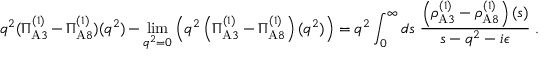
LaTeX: q ^ { 2 } ( \Pi _ { \mathrm { A } 3 } ^ { ( 1 ) } - \Pi _ { \mathrm { A } 8 } ^ { ( 1 ) } ) ( q ^ { 2 } ) - \operatorname * { l i m } _ { q ^ { 2 } = 0 } \left( q ^ { 2 } \left( \Pi _ { \mathrm { A } 3 } ^ { ( 1 ) } - \Pi _ { \mathrm { A } 8 } ^ { ( 1 ) } \right) ( q ^ { 2 } ) \right) = q ^ { 2 } \int _ { 0 } ^ { \infty } d s ~ { \frac { \left( \rho _ { \mathrm { A } 3 } ^ { ( 1 ) } - \rho _ { \mathrm { A } 8 } ^ { ( 1 ) } \right) ( s ) } { s - q ^ { 2 } - i \epsilon } } \ .